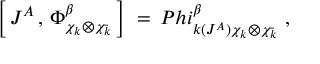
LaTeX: \left[ \, J ^ { A } \, , \, \Phi _ { \chi _ { k } \otimes \chi _ { \bar { k } } } ^ { \beta } \, \right] \ = \, P h i _ { k ( J ^ { A } ) \chi _ { k } \otimes \chi _ { \bar { k } } } ^ { \beta } \ ,